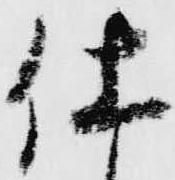
仕